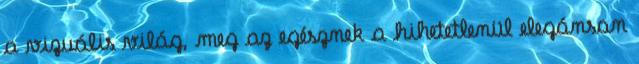
a vizuális világ, meg az egésznek a hihetetlenül elegánsan